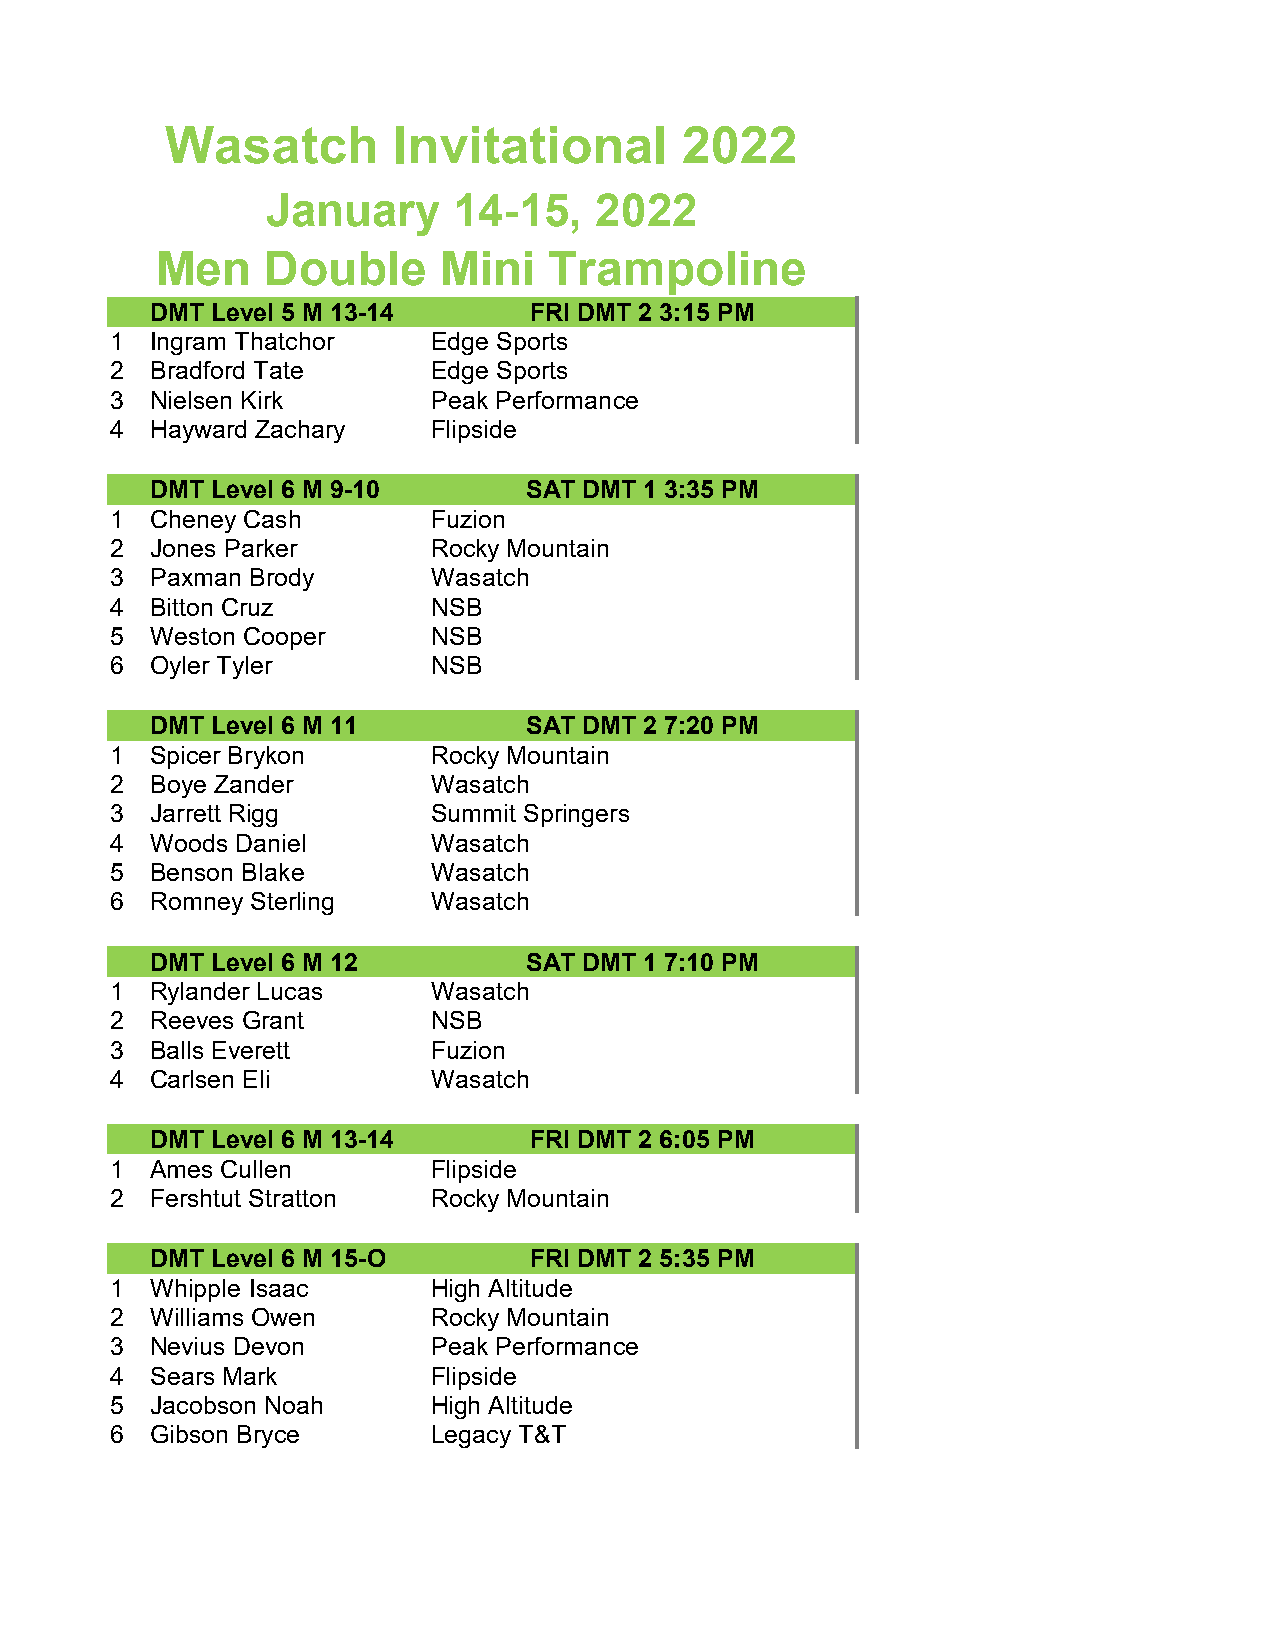
Wasatch        Invitational       2022
 January     14-15,   2022
 Men     Double     Mini   Trampoline
 DMT Level 5 M 13-14      FRI DMT 2 3:15 PM
 1  Ingram Thatchor    Edge Sports
 2  Bradford Tate      Edge Sports
 3  Nielsen Kirk       Peak Performance
 4  Hayward Zachary    Flipside
 DMT Level 6 M 9-10       SAT DMT 1 3:35 PM
 1  Cheney Cash        Fuzion
 2  Jones Parker       Rocky Mountain
 3  Paxman Brody       Wasatch
 4  Bitton Cruz        NSB
 5  Weston Cooper      NSB
 6  Oyler Tyler        NSB
 DMT Level 6 M 11         SAT DMT 2 7:20 PM
 1  Spicer Brykon      Rocky Mountain
 2  Boye Zander        Wasatch
 3  Jarrett Rigg       Summit Springers
 4  Woods Daniel       Wasatch
 5  Benson Blake       Wasatch
 6  Romney Sterling    Wasatch
 DMT Level 6 M 12         SAT DMT 1 7:10 PM
 1  Rylander Lucas     Wasatch
 2  Reeves Grant       NSB
 3  Balls Everett      Fuzion
 4  Carlsen Eli        Wasatch
 DMT Level 6 M 13-14      FRI DMT 2 6:05 PM
 1  Ames Cullen        Flipside
 2  Fershtut Stratton  Rocky Mountain
 DMT Level 6 M 15-O       FRI DMT 2 5:35 PM
 1  Whipple Isaac      High Altitude
 2  Williams Owen      Rocky Mountain
 3  Nevius Devon       Peak Performance
 4  Sears Mark         Flipside
 5  Jacobson Noah      High Altitude
 6  Gibson Bryce       Legacy T&T